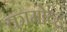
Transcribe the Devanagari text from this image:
कामोव्ह